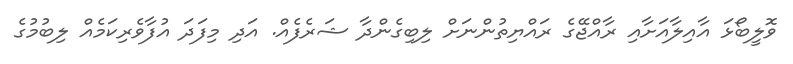
ވޮލީބޯޅަ އާއިލާއަށާއި ރާއްޖޭގެ ރައްޔިތުންނަށް ލިބިގެންދާ ޝަރެފެއް. އަދި މިފަދަ އުފާވެރިކަމެއް ލިބުމުގެ